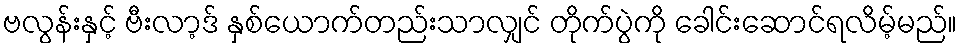
ဗလွန်းနှင့် ဗီးလာ့ဒ် နှစ်ယောက်တည်းသာလျှင် တိုက်ပွဲကို ခေါင်းဆောင်ရလိမ့်မည်။